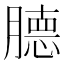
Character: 𰯕